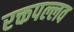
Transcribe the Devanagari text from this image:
रक्तपल्लव